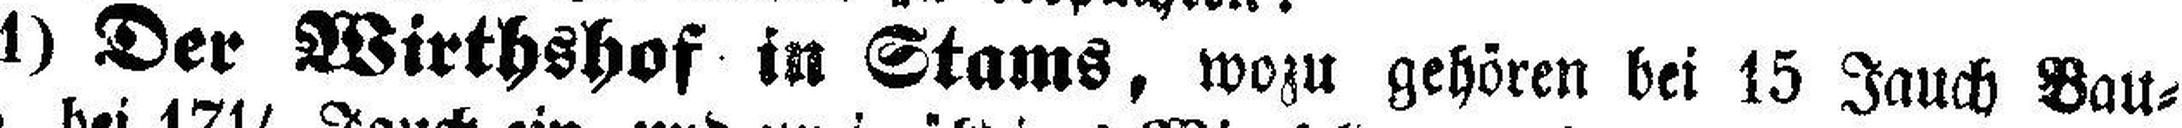
1) Der Wirthshof in Stams, wozu gehören bei 15 Jauch Bau¬